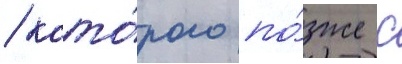
/ кото́рого по́зже с